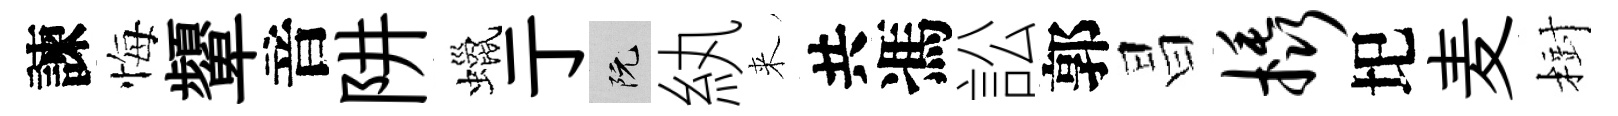
諫悔顰音阱蠟亍阮紈来共馮訟郭昌橇圯麦𣗳